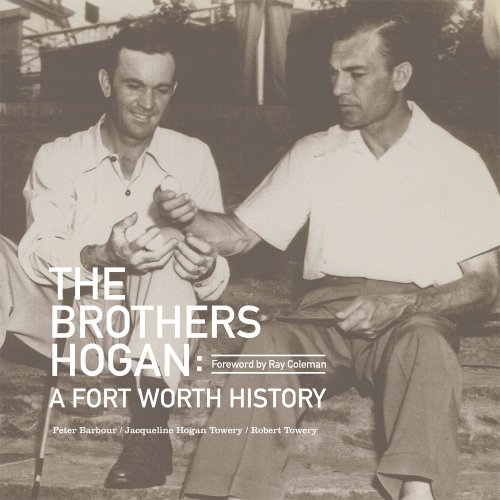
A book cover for The Brothers Hogan: A Fort Worth History; Jacqueline Hogan Towery; Biographies & Memoirs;